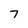
Character: 7